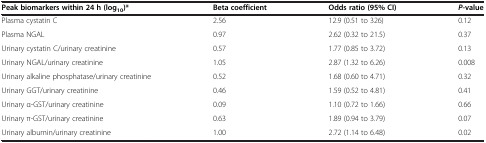
| Peak biomarkers within 24 h (log10)* | Beta coefficient | Odds ratio (95% CI) | P-value |
 | --- | --- | --- | --- |
 | Plasma cystatin C | 2.56 | 12.9 (0.51 to 326) | 0.12 |
 | Plasma NGAL | 0.97 | 2.62 (0.32 to 21.5) | 0.37 |
 | Urinary cystatin C/urinary creatinine | 0.57 | 1.77 (0.85 to 3.72) | 0.13 |
 | Urinary NGAL/urinary creatinine | 1.05 | 2.87 (1.32 to 6.26) | 0.008 |
 | Urinary alkaline phosphatase/urinary creatinine | 0.52 | 1.68 (0.60 to 4.71) | 0.32 |
 | Urinary GGT/urinary creatinine | 0.46 | 1.59 (0.52 to 4.81) | 0.41 |
 | Urinary α-GST/urinary creatinine | 0.09 | 1.10 (0.72 to 1.66) | 0.66 |
 | Urinary π-GST/urinary creatinine | 0.63 | 1.89 (0.94 to 3.79) | 0.07 |
 | Urinary albumin/urinary creatinine | 1.00 | 2.72 (1.14 to 6.48) | 0.02 |